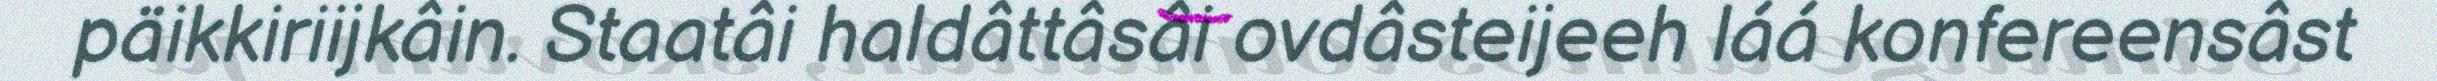
päikkiriijkâin. Staatâi haldâttâsâi ovdâsteijeeh láá konfereensâst